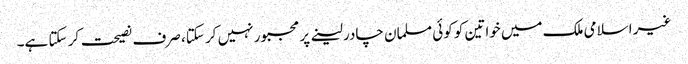
غیر اسلامی ملک میں خواتین کو کوئی مسلمان چادر لینے پر مجبور نہیں کر سکتا، صرف نصیحت کر سکتا ہے۔